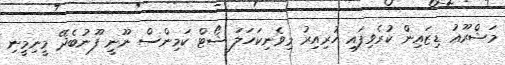
މަޝްރޫޢު ޑިޒައިން ކުރެވިފައި ހުރިއިރު މިވެނިކަހަލަ ޝޯޓް ކަމިންސް ނޫނީ ފޫނުބެދޭ މީނިމީނި